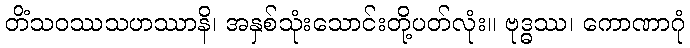
တိံသဝဿသဟဿာနိ၊ အနှစ်သုံးသောင်းတို့ပတ်လုံး။ ဗုဒ္ဓဿ၊ ကောဏာဂုံ